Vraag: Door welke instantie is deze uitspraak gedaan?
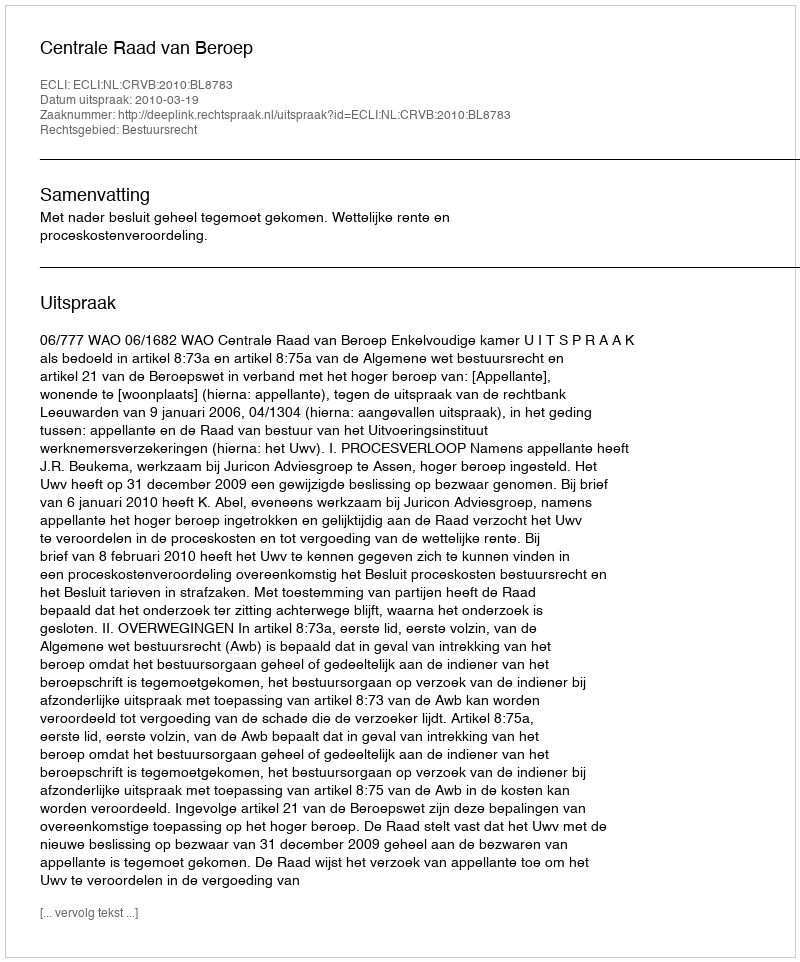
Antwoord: Centrale Raad van Beroep